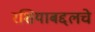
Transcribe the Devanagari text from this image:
रशियाबद्दलचे